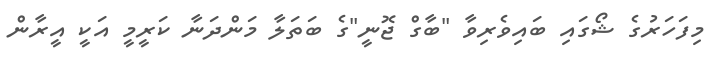
މިފަހަރުގެ ޝޯގައި ބައިވެރިވާ "ބާގް ޖޮނީ"ގެ ބަތަލާ މަންދަނާ ކަރީމީ އަކީ އީރާން